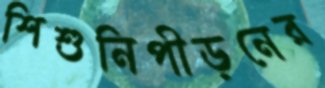
শিশুনিপীড়নের